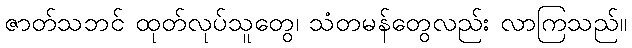
ဇာတ်သဘင် ထုတ်လုပ်သူတွေ၊ သံတမန်တွေလည်း လာကြသည်။